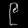
Digit: ၉